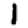
Digit: 1